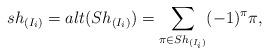
LaTeX: \begin{align*} sh_{(I_i)} = alt(Sh_{(I_i)}) = \sum_{\pi\in Sh_{(I_i)}} (-1)^\pi \pi,\end{align*}